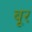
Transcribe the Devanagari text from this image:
बूर